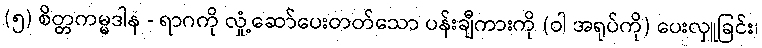
(၅) စိတ္တကမ္မဒါန - ရာဂကို လှုံ့ဆော်ပေးတတ်သော ပန်းချီကားကို (ဝါ အရုပ်ကို) ပေးလှူခြင်း၊